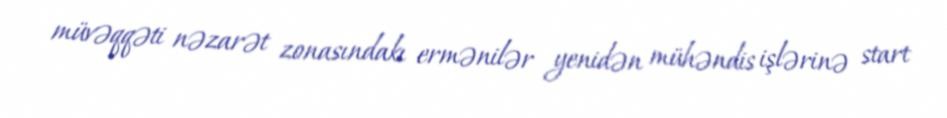
müvəqqəti nəzarət zonasındakı ermənilər yenidən mühəndis işlərinə start